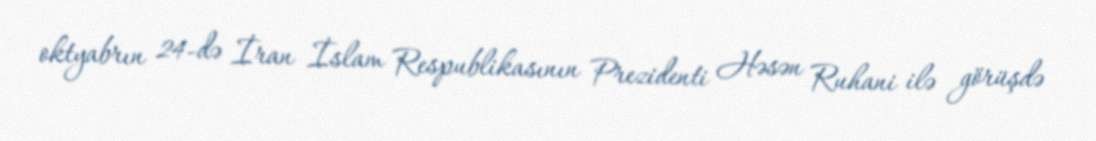
oktyabrın 24-də İran İslam Respublikasının Prezidenti Həsən Ruhani ilə görüşdə